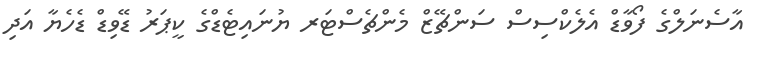
އާސެނަލްގެ ފޯވާޑް އެލެކްސިސް ސަންޗޭޒް މެންޗެސްޓަރ ޔުނައިޓެޑްގެ ކީޕަރު ޑޭވިޑް ޑެހެޔާ އަދި